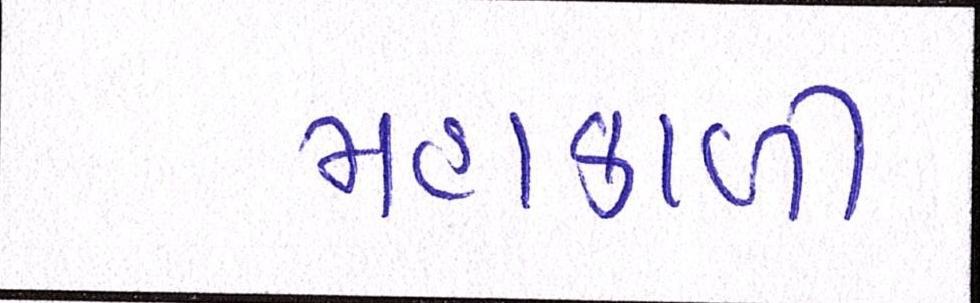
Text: મહાકાળી